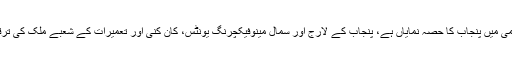
ملک کے جی ڈی پی، روزگار اور محاصل کی فراہمی میں پنجاب کا حصہ نمایاں ہے، پنجاب کے لارج اور سمال مینوفیکچرنگ یونٹس، کان کنی اور تعمیرات کے شعبے ملک کی ترقی و خوشحالی میں اپنا بہترین کردار ادا کررہے ہیں۔